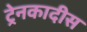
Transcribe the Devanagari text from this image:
ट्रेनकादीस